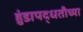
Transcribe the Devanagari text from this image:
हुंडापद्धतीच्या